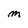
Character: M